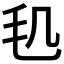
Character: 𣬠